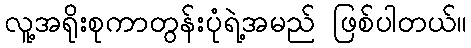
လူ့အရိုးစုကာတွန်းပုံရဲ့အမည် ဖြစ်ပါတယ်။